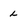
Character: L